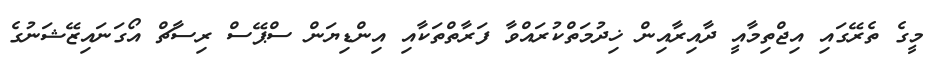
މީގެ ތެރޭގައި އިޖްތިމާއީ ދާއިރާއިން ޚިދުމަތްކުރައްވާ ފަރާތްތަކާއި އިންޑިޔަން ސްޕޭސް ރިސާޗް އޯގަނައިޒޭޝަނުގެ